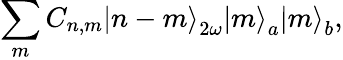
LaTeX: \sum_{m}C_{n,m}\left|n-m\right>_{2\omega}\left|m\right>_{a}\left|m\right>_{b},